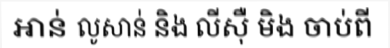
អាន់ លូសាន់ និង លីស៊ឺ មិង ចាប់ពី